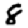
Digit: 8